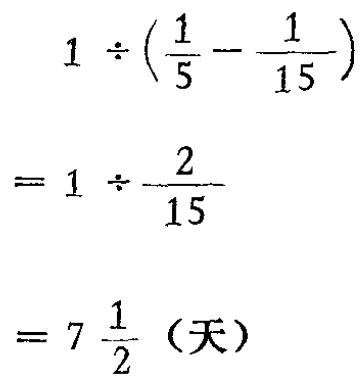
\[

\begin{align*}

&1\div(\frac{1}{5}-\frac{1}{15})\\

=&1\div\frac{2}{15}\\

=&7\frac{1}{2} \text{（天）}

\end{align*}

\]